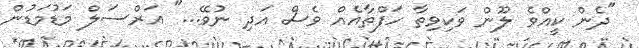
"ދެން ކީއްވެ ލޫން ވަކިވިތާ ހަފްތާއެއް ވެސް އަދި ނުވޭ..." އަރްސަލް މަޑުމަޑުން